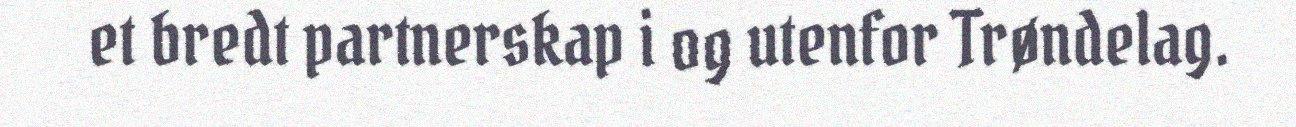
et bredt partnerskap i og utenfor Trøndelag.